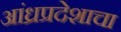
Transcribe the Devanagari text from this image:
आंध्रप्रदेशाचा